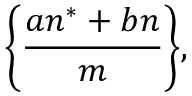
{ \biggl \{ } { \frac { a n ^ { * } + b n } { m } } { \biggr \} } ,